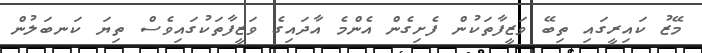
މޭޒު ކައިރީގައި ތިބޭ ވަޒީފާތަކުން ފެށިގެން އެންމެ އާދައިގެ ވަޒީފާތަކުގައިވެސް ތިޔަ ކަނބަލުން